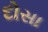
દોસા